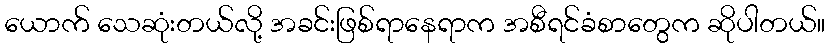
ယောက် သေဆုံးတယ်လို့ အခင်းဖြစ်ရာနေရာက အစီရင်ခံစာတွေက ဆိုပါတယ်။